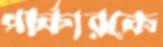
পার্কারকে